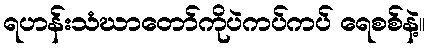
ရဟန်းသံဃာတော်ကိုပဲကပ်ကပ် ရေစစ်နဲ့။